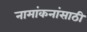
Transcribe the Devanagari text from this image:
नामांकनांसाठी